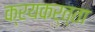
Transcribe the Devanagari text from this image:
क्रयकर्त्ता